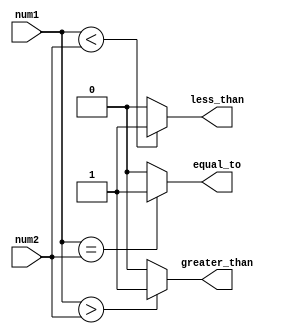
module inequality_comparator (
    input [7:0] num1,
    input [7:0] num2,
    output greater_than,
    output less_than,
    output equal_to
);

assign greater_than = (num1 > num2) ? 1'b1 : 1'b0;
assign less_than = (num1 < num2) ? 1'b1 : 1'b0;
assign equal_to = (num1 == num2) ? 1'b1 : 1'b0;

endmodule